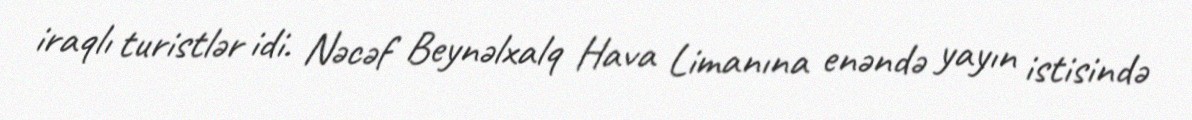
iraqlı turistlər idi. Nəcəf Beynəlxalq Hava Limanına enəndə yayın istisində